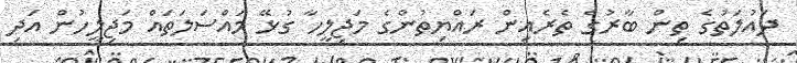
ދައުލަތުގެ ތިން ބާރުގެ ތެރެއިން ރައްޔިތުންގެ މަޖިލީހާ ގުޅޭ މައްސަލަތައް މަޖިލީހުން އަދި